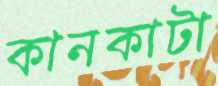
কানকাটা